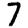
Digit: 7